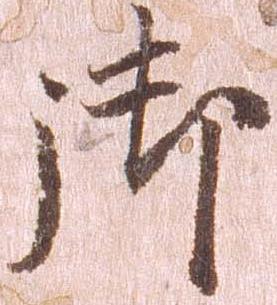
御